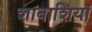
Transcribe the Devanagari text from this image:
शाबाशियां